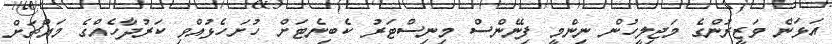
އަޅަން ވަޒީރުންގެ މަޖިލީހުން ނިންމީ ފިނޭންސް މިނިސްޓަރު ކެބިނެޓަށް ހުށަހެޅުއްވި ކަރުދާހެއްގެ މައްޗަށް